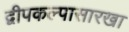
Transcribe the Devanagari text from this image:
द्वीपकल्पासारखा